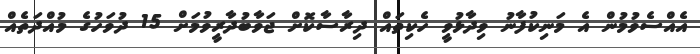
އެއްސެވުމުން އެ މަނިކުފާނު ވިދާޅުވީ ހެކިތައް ދިރާސާކޮށް ޖަވާބުދާރީވުމަށް 15 ދުވަހުގެ މުއްދަތެއް